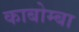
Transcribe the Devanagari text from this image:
काबोम्बा